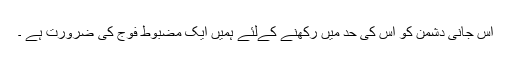
اس جانی دشمن کو اس کی حد میں رکھنے کےلئے ہمیں ایک مضبوط فوج کی ضرورت ہے ۔